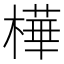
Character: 樺